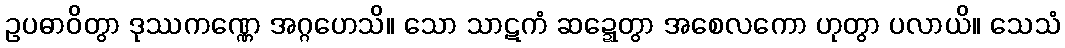
ဥပဓာဝိတွာ ဒုဿကဏ္ဏေ အဂ္ဂဟေသိ။ သော သာဋကံ ဆဍ္ဍေတွာ အစေလကော ဟုတွာ ပလာယိ။ သေသံ